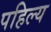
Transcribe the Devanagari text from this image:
पहिल्य